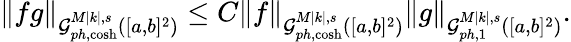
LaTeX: \begin{array}{r}{\| fg\| _{\mathcal{G}_{ph,\cosh}^{M|k|,s}([a,b]^{2})}\leq C\| f\| _{\mathcal{G}_{ph,\cosh}^{M|k|,s}([a,b]^{2})}\| g\| _{\mathcal{G}_{ph,1}^{M|k|,s}([a,b]^{2})}.}\end{array}